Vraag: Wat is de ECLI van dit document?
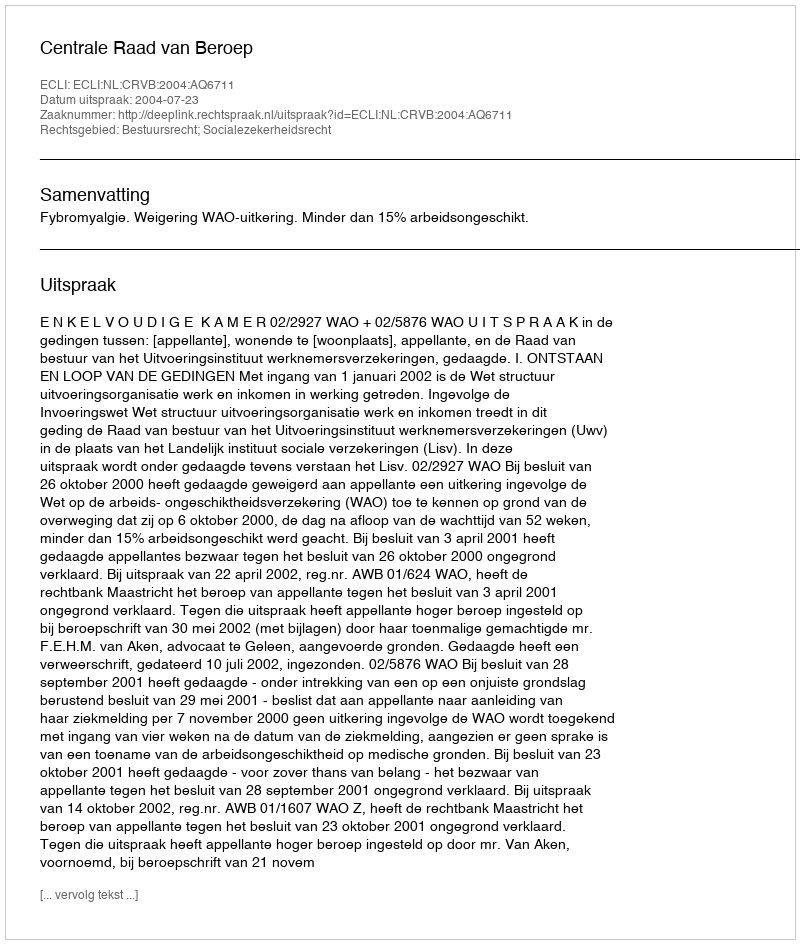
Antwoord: ECLI:NL:CRVB:2004:AQ6711